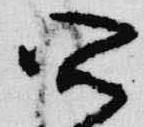
所